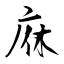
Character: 庥